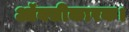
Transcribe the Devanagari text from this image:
ऑक्सीकारक।